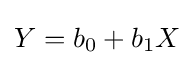
Y=b_{0}+b_{1}X